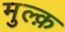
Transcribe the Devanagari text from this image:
मुल्क़